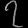
Digit: ၇